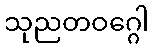
သုညတဝဂ္ဂေါ